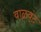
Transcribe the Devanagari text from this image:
वाळव्ंट